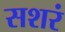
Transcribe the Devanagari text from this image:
सशरं